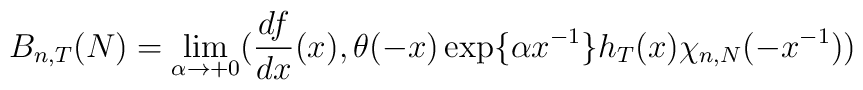
B_{n,T}(N) = \lim_{\alpha \rightarrow + 0} (\frac{df}{dx} (x),\theta (- x) \exp \{ \alpha x^{- 1}\} h_{T} (x) \chi_{n,N} (- x^{- 1}))